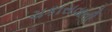
ચકાસવાની